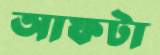
আফটা